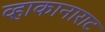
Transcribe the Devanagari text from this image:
व्हाकानाराट